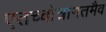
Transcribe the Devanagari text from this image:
एतच्चोत्रानतमैव